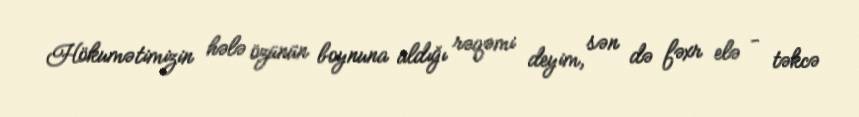
Hökumətimizin hələ özünün boynuna aldığı rəqəmi deyim, sən də fəxr elə - təkcə